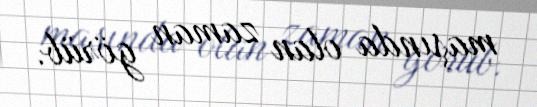
maşında olan zaman görüb.